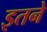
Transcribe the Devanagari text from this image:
इतने